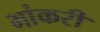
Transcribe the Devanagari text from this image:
भांकरी